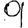
Digit: 9